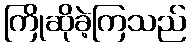
ကြိုဆိုခဲ့ကြသည်